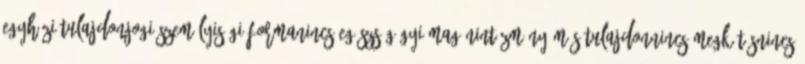
Egyházi tulajdonJogi személyiségi formaNincs Egészségügyi magánintézmény Más tulajdonNincs megkötésNincs